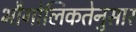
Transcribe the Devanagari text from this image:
भौगोलिकतेनुसार